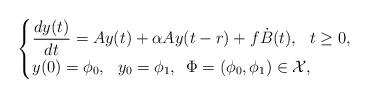
LaTeX: \begin{align*}\begin{cases}\displaystyle\frac{dy(t)}{dt} =Ay(t) + \alpha A y(t-r)+ f \dot B(t),\,\,\,\,t\ge 0,\\y(0)=\phi_0,\,\,\,\,y_0=\phi_1,\,\,\,\Phi=(\phi_0, \phi_1)\in {\cal X},\end{cases}\end{align*}